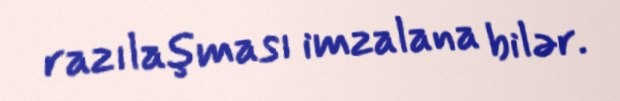
razılaşması imzalana bilər.